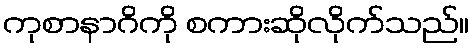
ကုစာနာဂိကို စကားဆိုလိုက်သည်။